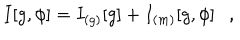
I [ g , \phi ] = I _ { ( g ) } [ g ] + I _ { ( m ) } [ g , \phi ] ,